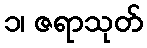
၁၊ ဇရာသုတ်